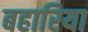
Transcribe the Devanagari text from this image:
बहारिया